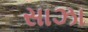
સાઝા